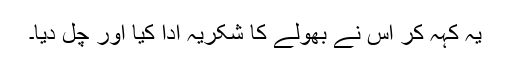
یہ کہہ کر اس نے بھولے کا شکریہ ادا کیا اور چل دیا۔